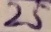
Text: 25